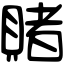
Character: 賭